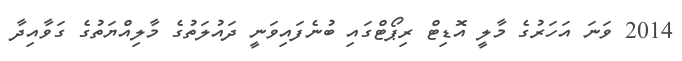
2014 ވަނަ އަހަރުގެ މާލީ އޮޑިޓް ރިޕޯޓްގައި ބުނެފައިވަނީ ދައުލަތުގެ މާލިއްޔަތުގެ ގަވާއިދާ